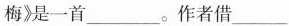
梅》是一首___。作者借___